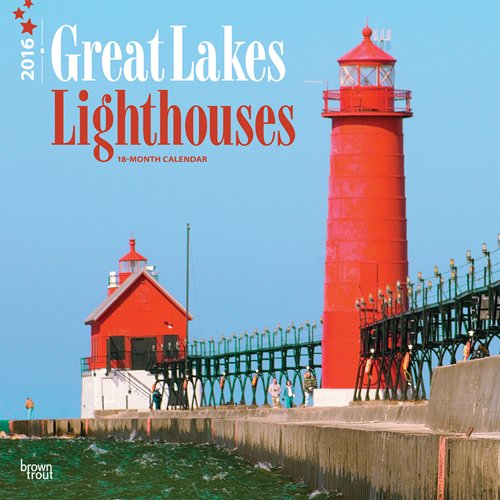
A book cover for Lighthouses, Great Lakes 2016 Square 12x12; Browntrout Publishers; Calendars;